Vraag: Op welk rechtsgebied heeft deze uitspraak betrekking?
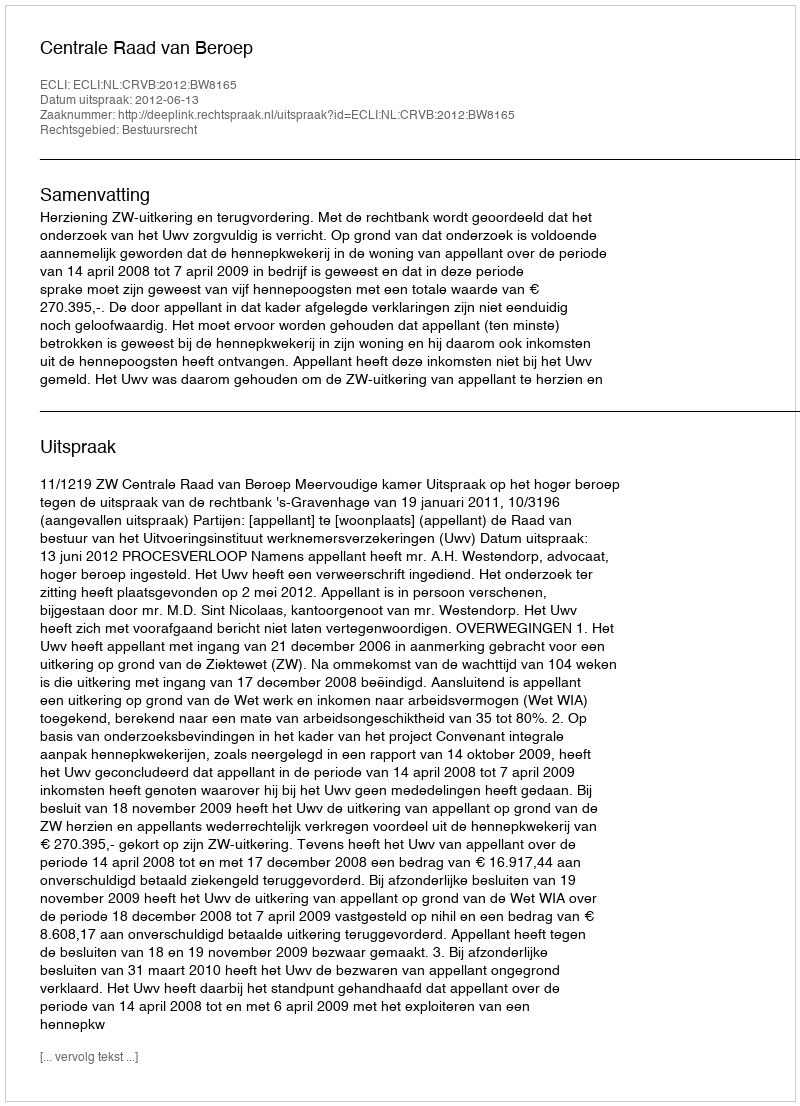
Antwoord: Bestuursrecht